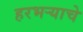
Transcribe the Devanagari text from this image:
हरभर्‍याचे